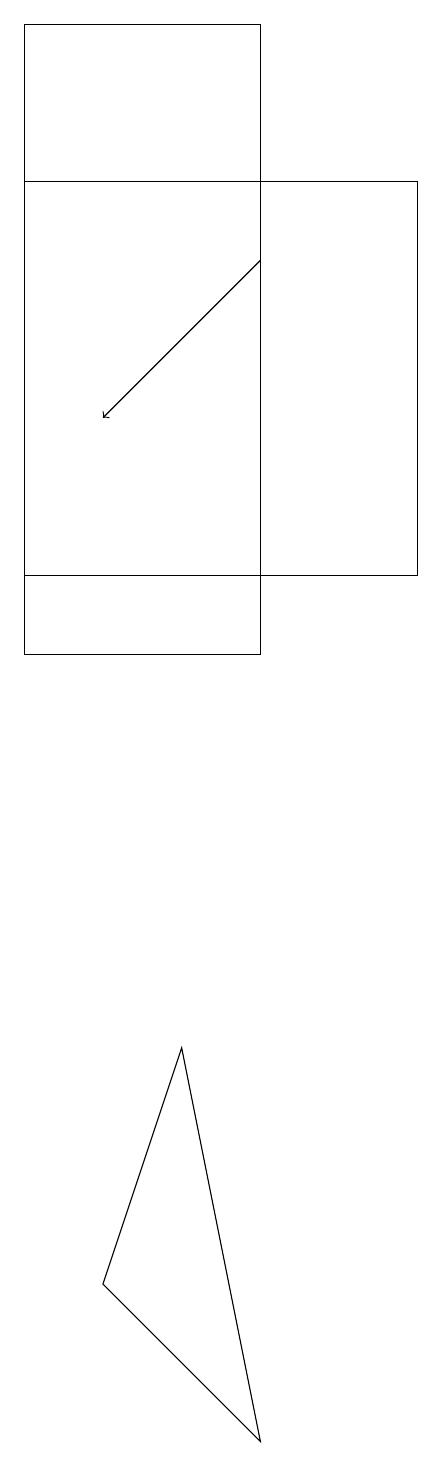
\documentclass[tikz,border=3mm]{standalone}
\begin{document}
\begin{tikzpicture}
\draw (6,19) rectangle (3,11);
\draw (6,1) -- (4,3) -- (5,6) -- cycle;
\draw[->] (6,16) -- (4,14);
\draw (3,12) rectangle (8,17);
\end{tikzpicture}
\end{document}